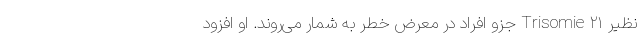
نظیر Trisomie ۲۱ جزو افراد در معرض خطر به شمار می‌روند. او افزود